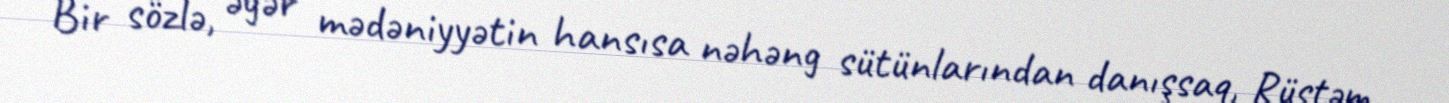
Bir sözlə, əgər mədəniyyətin hansısa nəhəng sütünlarından danışsaq, Rüstəm